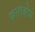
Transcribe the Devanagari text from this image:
क्वालकोम